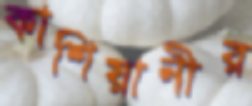
কাশিয়ানীর